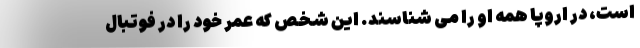
است، در اروپا همه او را می ‌شناسند. این شخص که عمر خود را در فوتبال